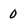
Character: 0